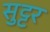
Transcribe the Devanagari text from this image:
सुट्टर